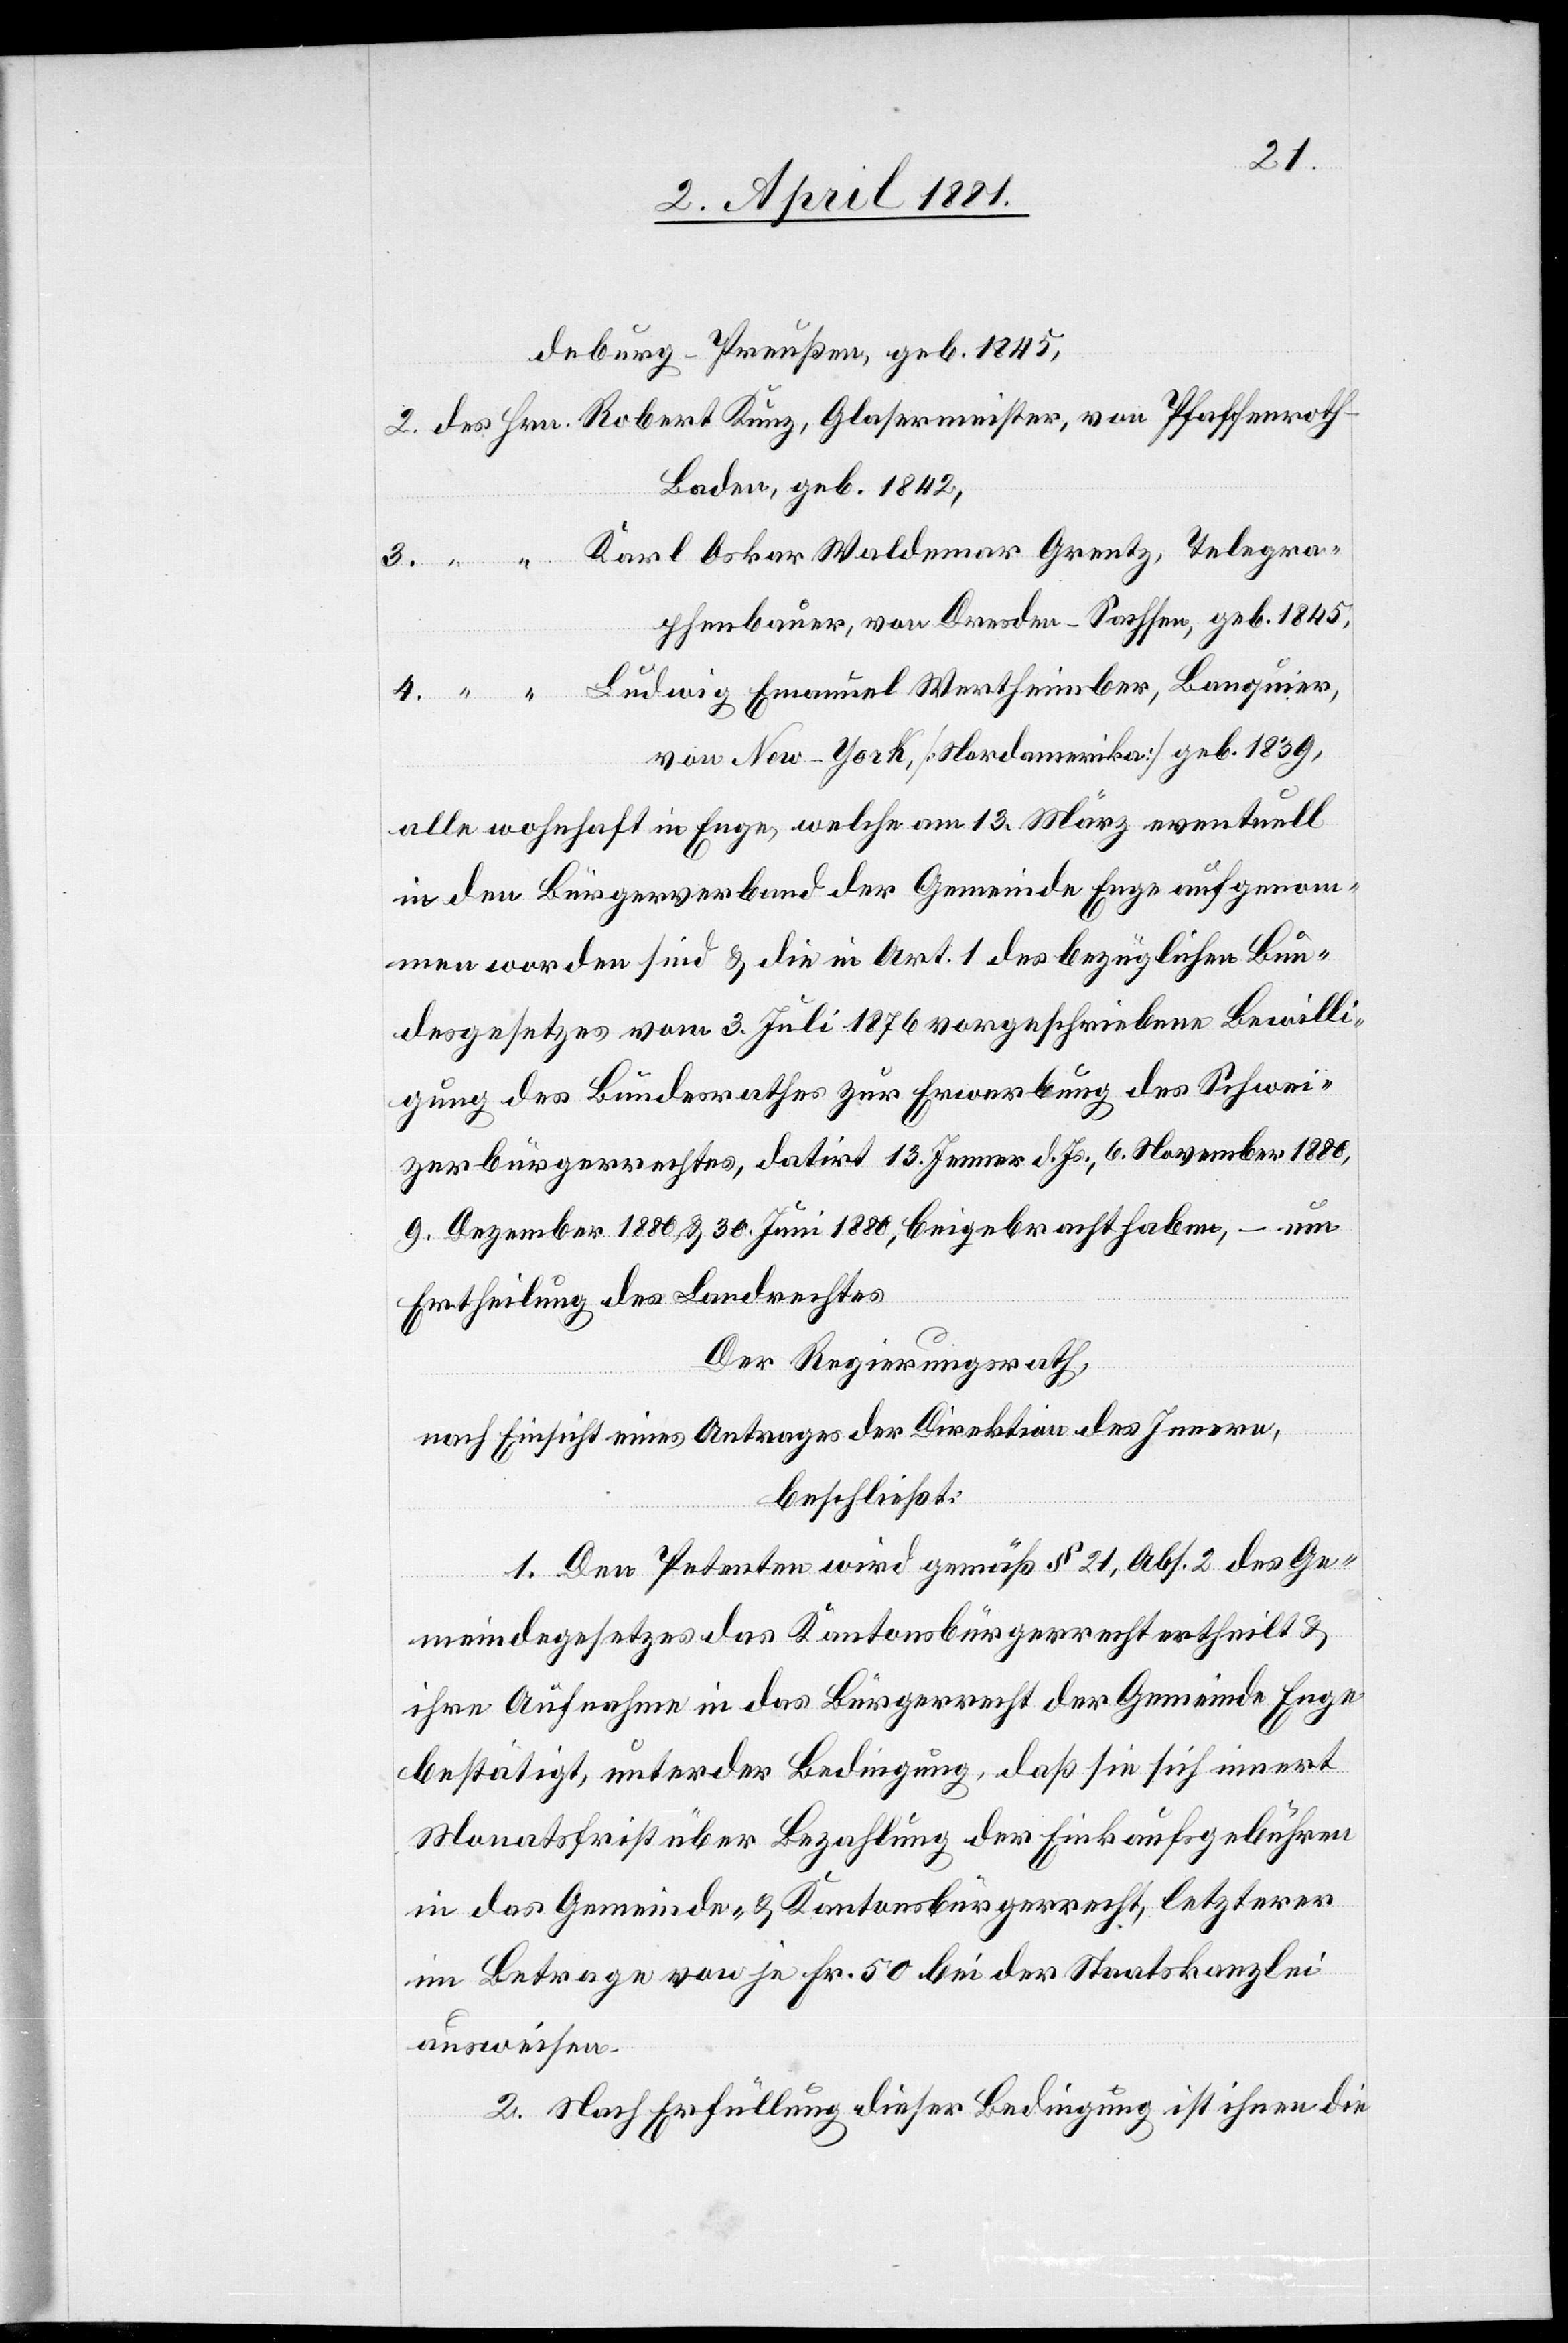
2.
deburg-Preußen, geb. 1845,
Baden, geb. 1842,
Karl Oskar Waldemar Grentz, Telegra¬
des Hrn.
phenbauer, von Dresden - Sachsen, geb. 1845,
von New-York, [Nordamerika] geb. 1839,
alle wohnhaft in Enge welche am 13. März eventuell
in den Bürgerverband der Gemeinde Enge aufgenom¬
men worden sind & die in Art. 1 des bezüglichen Bun¬
desgesetzes vom 3. Juli 1876 vorgeschriebene Bewilli¬
gung des Bundesrathes zur Erwerbung des Schwei¬
zer bürgerrechtes, datirt 13. Jenner d. Js., 6. November 1880,
9. Dezember 1880 & 30. Juni 1880, beigebracht haben, – um
Ertheilung des Landrechtes
Der Regierungsrath,
nach Einsicht eines Antrages der Direktion des Innern,
beschließt:
1. Den Petenten wird gemäß § 21, Abs. 2 des Ge¬
meindegesetzes das Kantonsbürgerrecht ertheilt &
ihre Aufnahme in das Bürgerrecht der Gemeinde Enge
bestätigt, unter der Bedingung, daß sie sich innert
Monatsfrist über Bezahlung der Einkaufgebühren
in das Gemeinde- & Kantonsbürgerrecht, letzterer
im Betrage von je Fr. 50 bei der Staatskanzlei
ausweisen.
2. Nach Erfüllung dieser Bedingung ist ihnen die